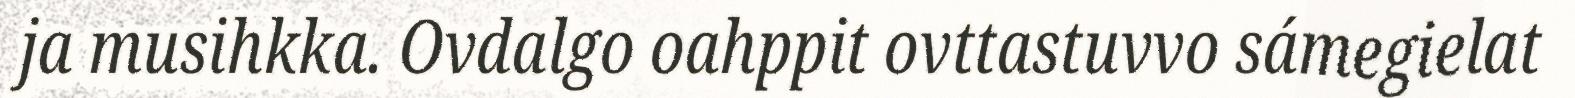
ja musihkka. Ovdalgo oahppit ovttastuvvo sámegielat